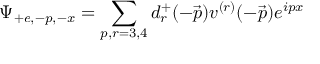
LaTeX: \Psi _ { + e , - p , - x } = \sum _ { p , r = 3 , 4 } d _ { r } ^ { + } ( - \vec { p } ) v ^ { ( r ) } ( - \vec { p } ) e ^ { i p x }